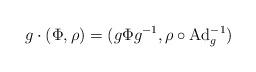
LaTeX: \begin{align*}g \cdot (\Phi,\rho) = (g \Phi g^{-1}, \rho \circ \mathrm{Ad}_g^{-1}) \end{align*}